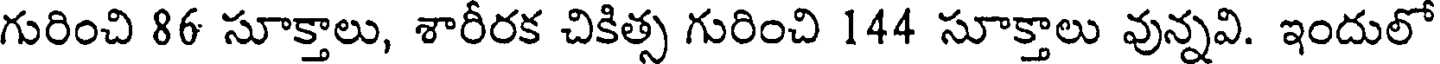
గురించి 86 సూక్తాలు, శారీరక చికిత్స గురించి 144 సూక్తాలు వున్నవి. ఇందులో